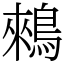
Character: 鶆